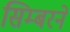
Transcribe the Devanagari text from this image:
सिम्बरने